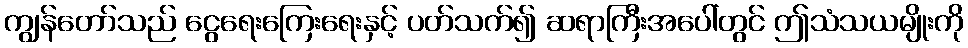
ကျွန်တော်သည် ငွေရေးကြေးရေးနှင့် ပတ်သက်၍ ဆရာကြီးအပေါ်တွင် ဤသံသယမျိုးကို